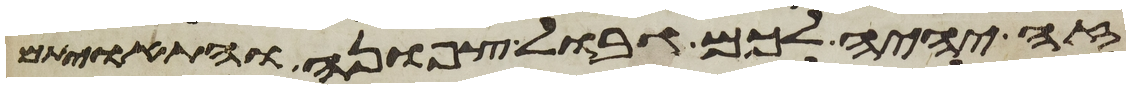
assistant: זה יהיה לכם גבול צפונה והתאויתם